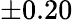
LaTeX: \pm 0.20